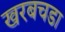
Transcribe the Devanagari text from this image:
खरबचडा